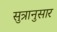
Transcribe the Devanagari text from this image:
सुत्रानुसार